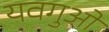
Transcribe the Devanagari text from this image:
यवगुओं